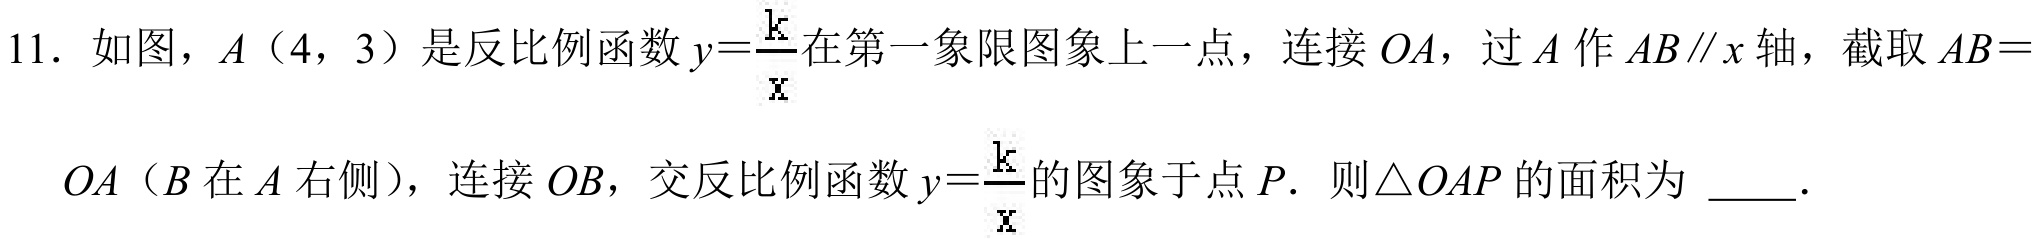
11. 如图，\(A\)（\(4\)，\(3\)）是反比例函数\(y = \dfrac{k}{x}\)在第一象限图象上一点，连接 \(OA\)，过 \(A\) 作 \(AB\parallel x\) 轴，截取 \(AB =\)
\(OA\)（\(B\) 在 \(A\) 右侧），连接 \(OB\)，交反比例函数\(y=\dfrac{k}{x}\)的图象于点 \(P\). 则\(\triangle OAP\) 的面积为 \(\underline{\quad\quad}\).